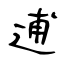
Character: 逋